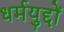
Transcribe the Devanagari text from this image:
धर्मयुद्दों